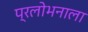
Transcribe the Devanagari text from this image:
प्रलोभनाला